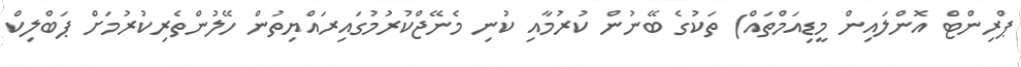
ޕްރިންޓް އޮންލައިން މީޑިއަމްތައް) ތަކުގެ ބޭނުން ކުރުމާއި ކުނި މެނޭޖްކުރުމުގައިރައްޔިތުން ހޭލުންތެރިކުރުމަށް ޕަބްލިކް